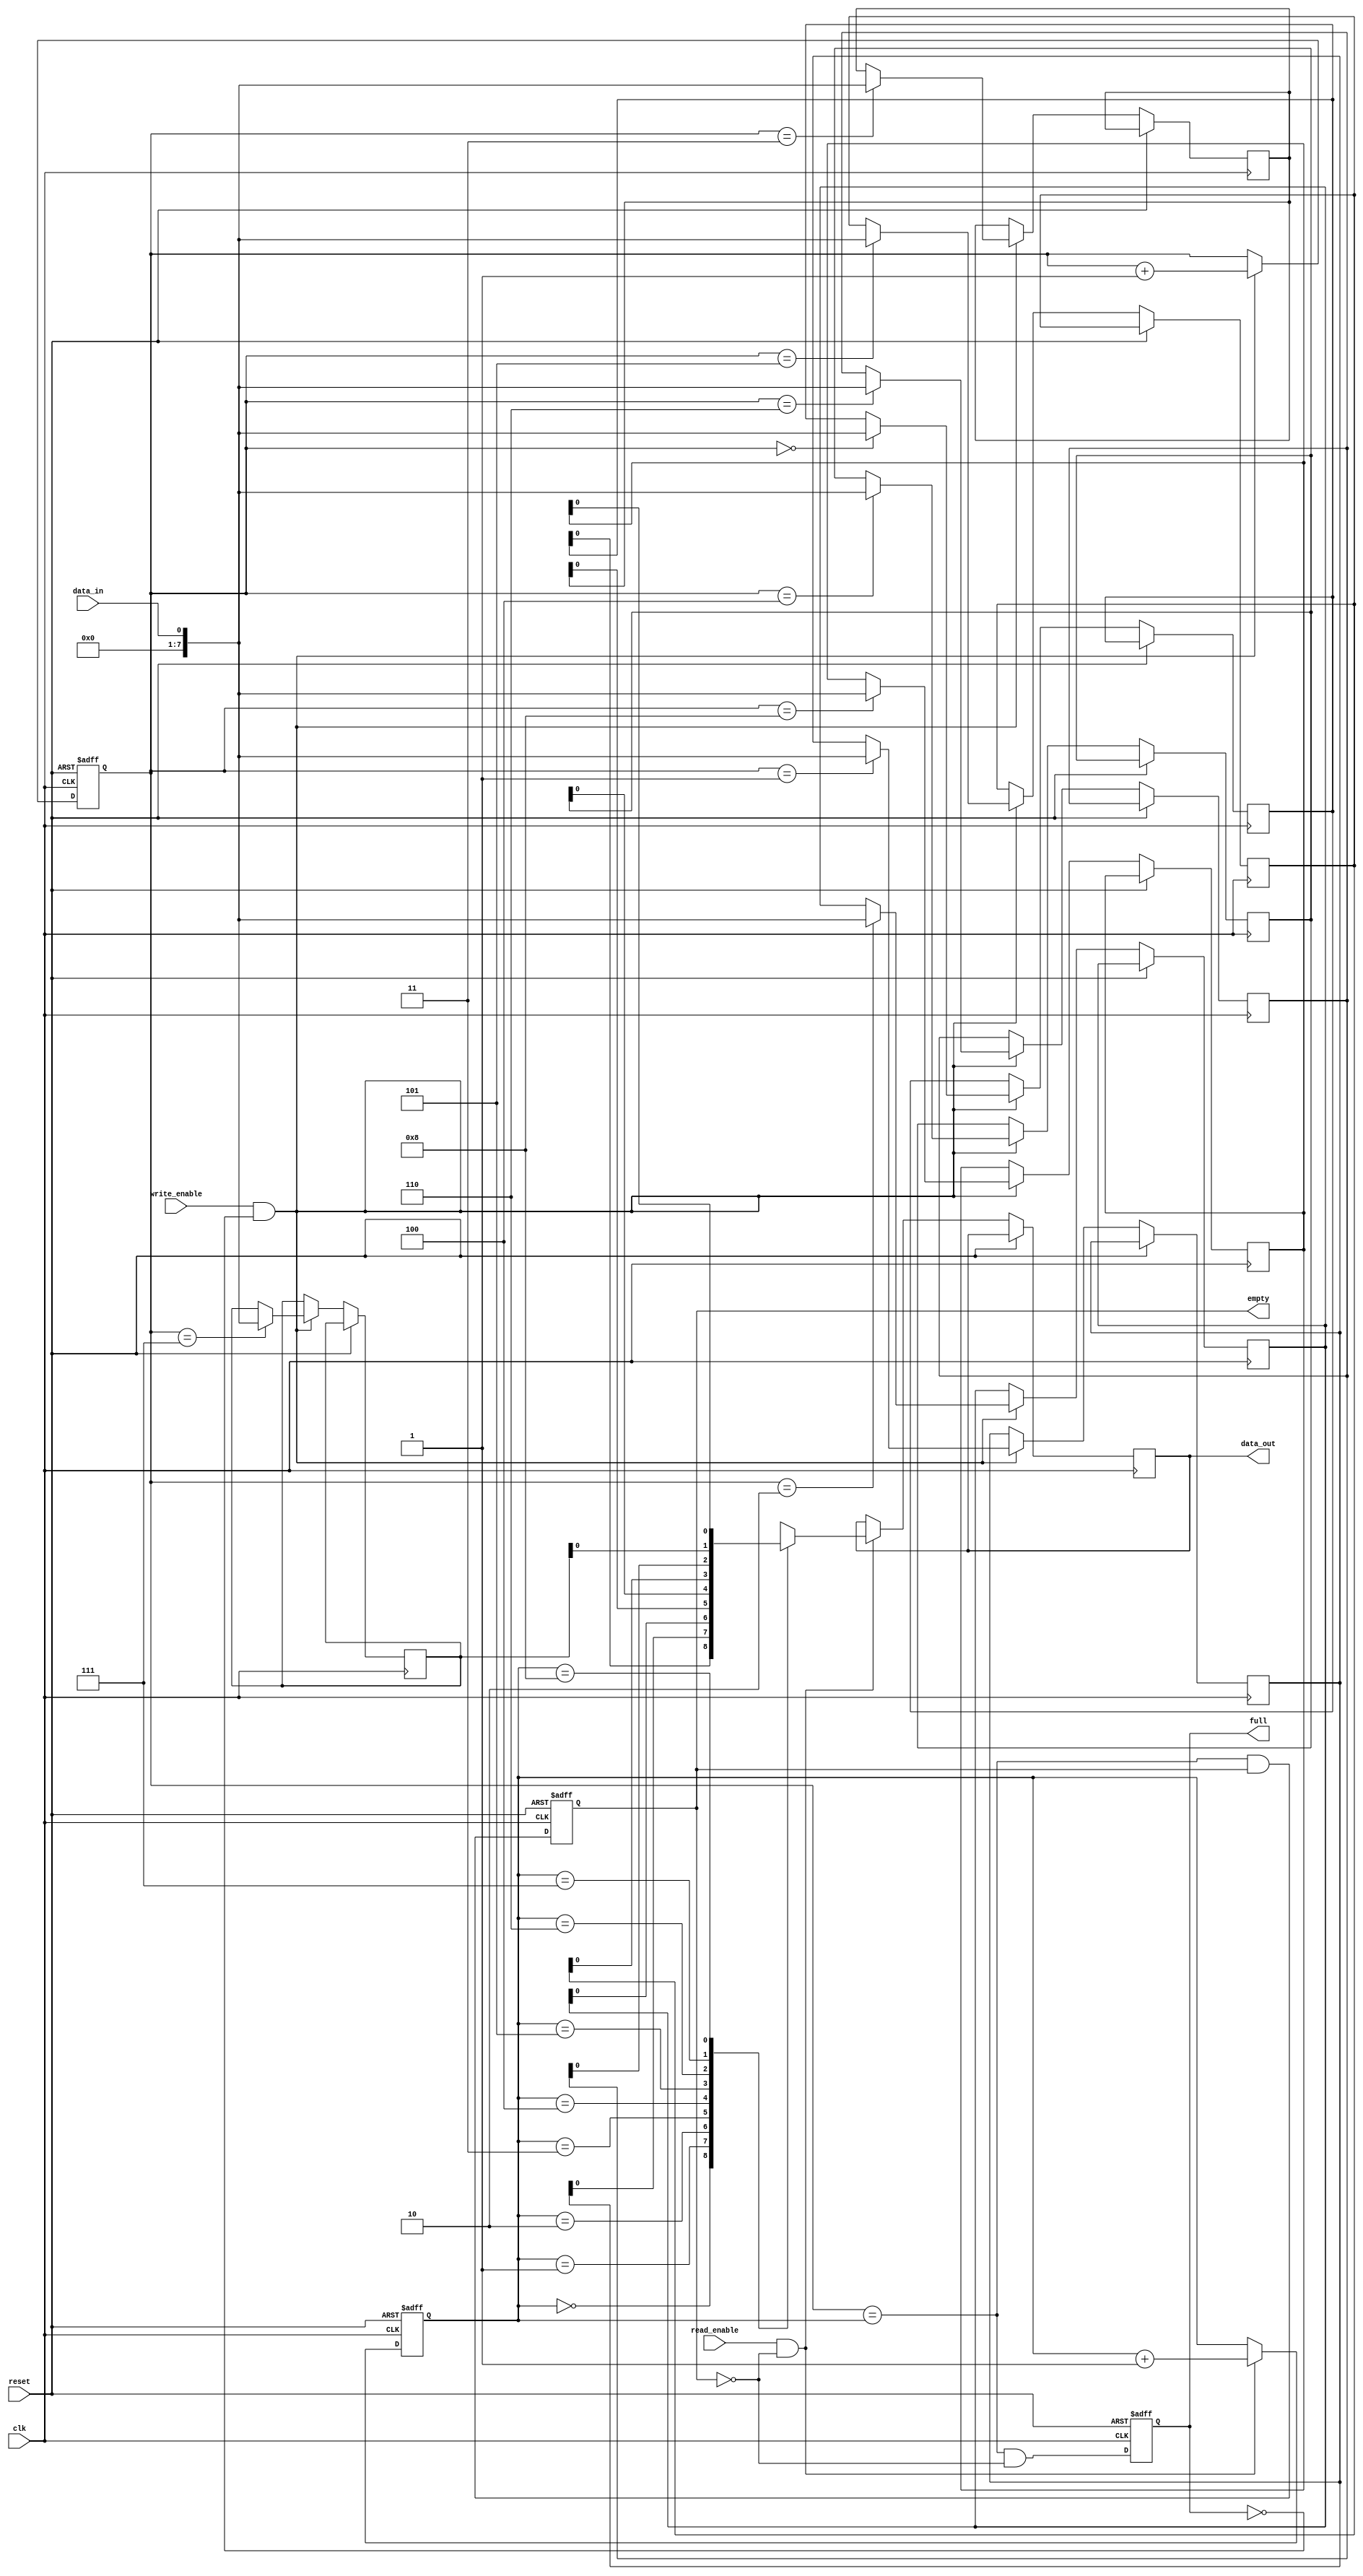
module fifo_buffer (
    input clk,
    input reset,
    input data_in,
    input write_enable,
    output reg data_out,
    input read_enable,
    output reg full,
    output reg empty
);

parameter BUFFER_SIZE = 10;
reg [7:0] buffer[BUFFER_SIZE - 1];
reg [3:0] read_ptr;
reg [3:0] write_ptr;

always @(posedge clk or posedge reset) begin
    if (reset) begin
        read_ptr <= 0;
        write_ptr <= 0;
        full <= 0;
        empty <= 1;
    end else begin
        full <= (write_ptr == read_ptr) && ~empty;
        empty <= (write_ptr == read_ptr) && empty;
        
        if (write_enable && ~full) begin
            buffer[write_ptr] <= data_in;
            write_ptr <= write_ptr + 1;
        end
        
        if (read_enable && ~empty) begin
            data_out <= buffer[read_ptr];
            read_ptr <= read_ptr + 1;
        end
    end
end

endmodule